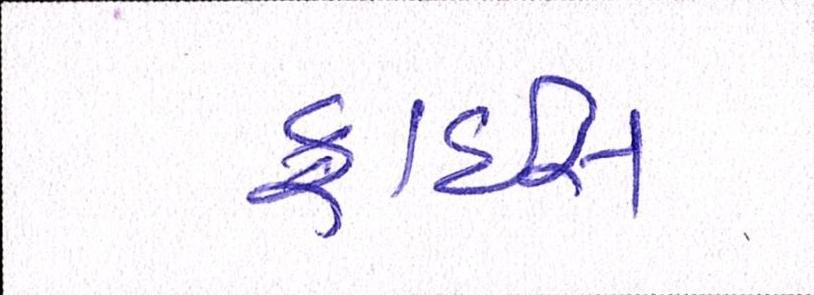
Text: ફ્રાઇસ